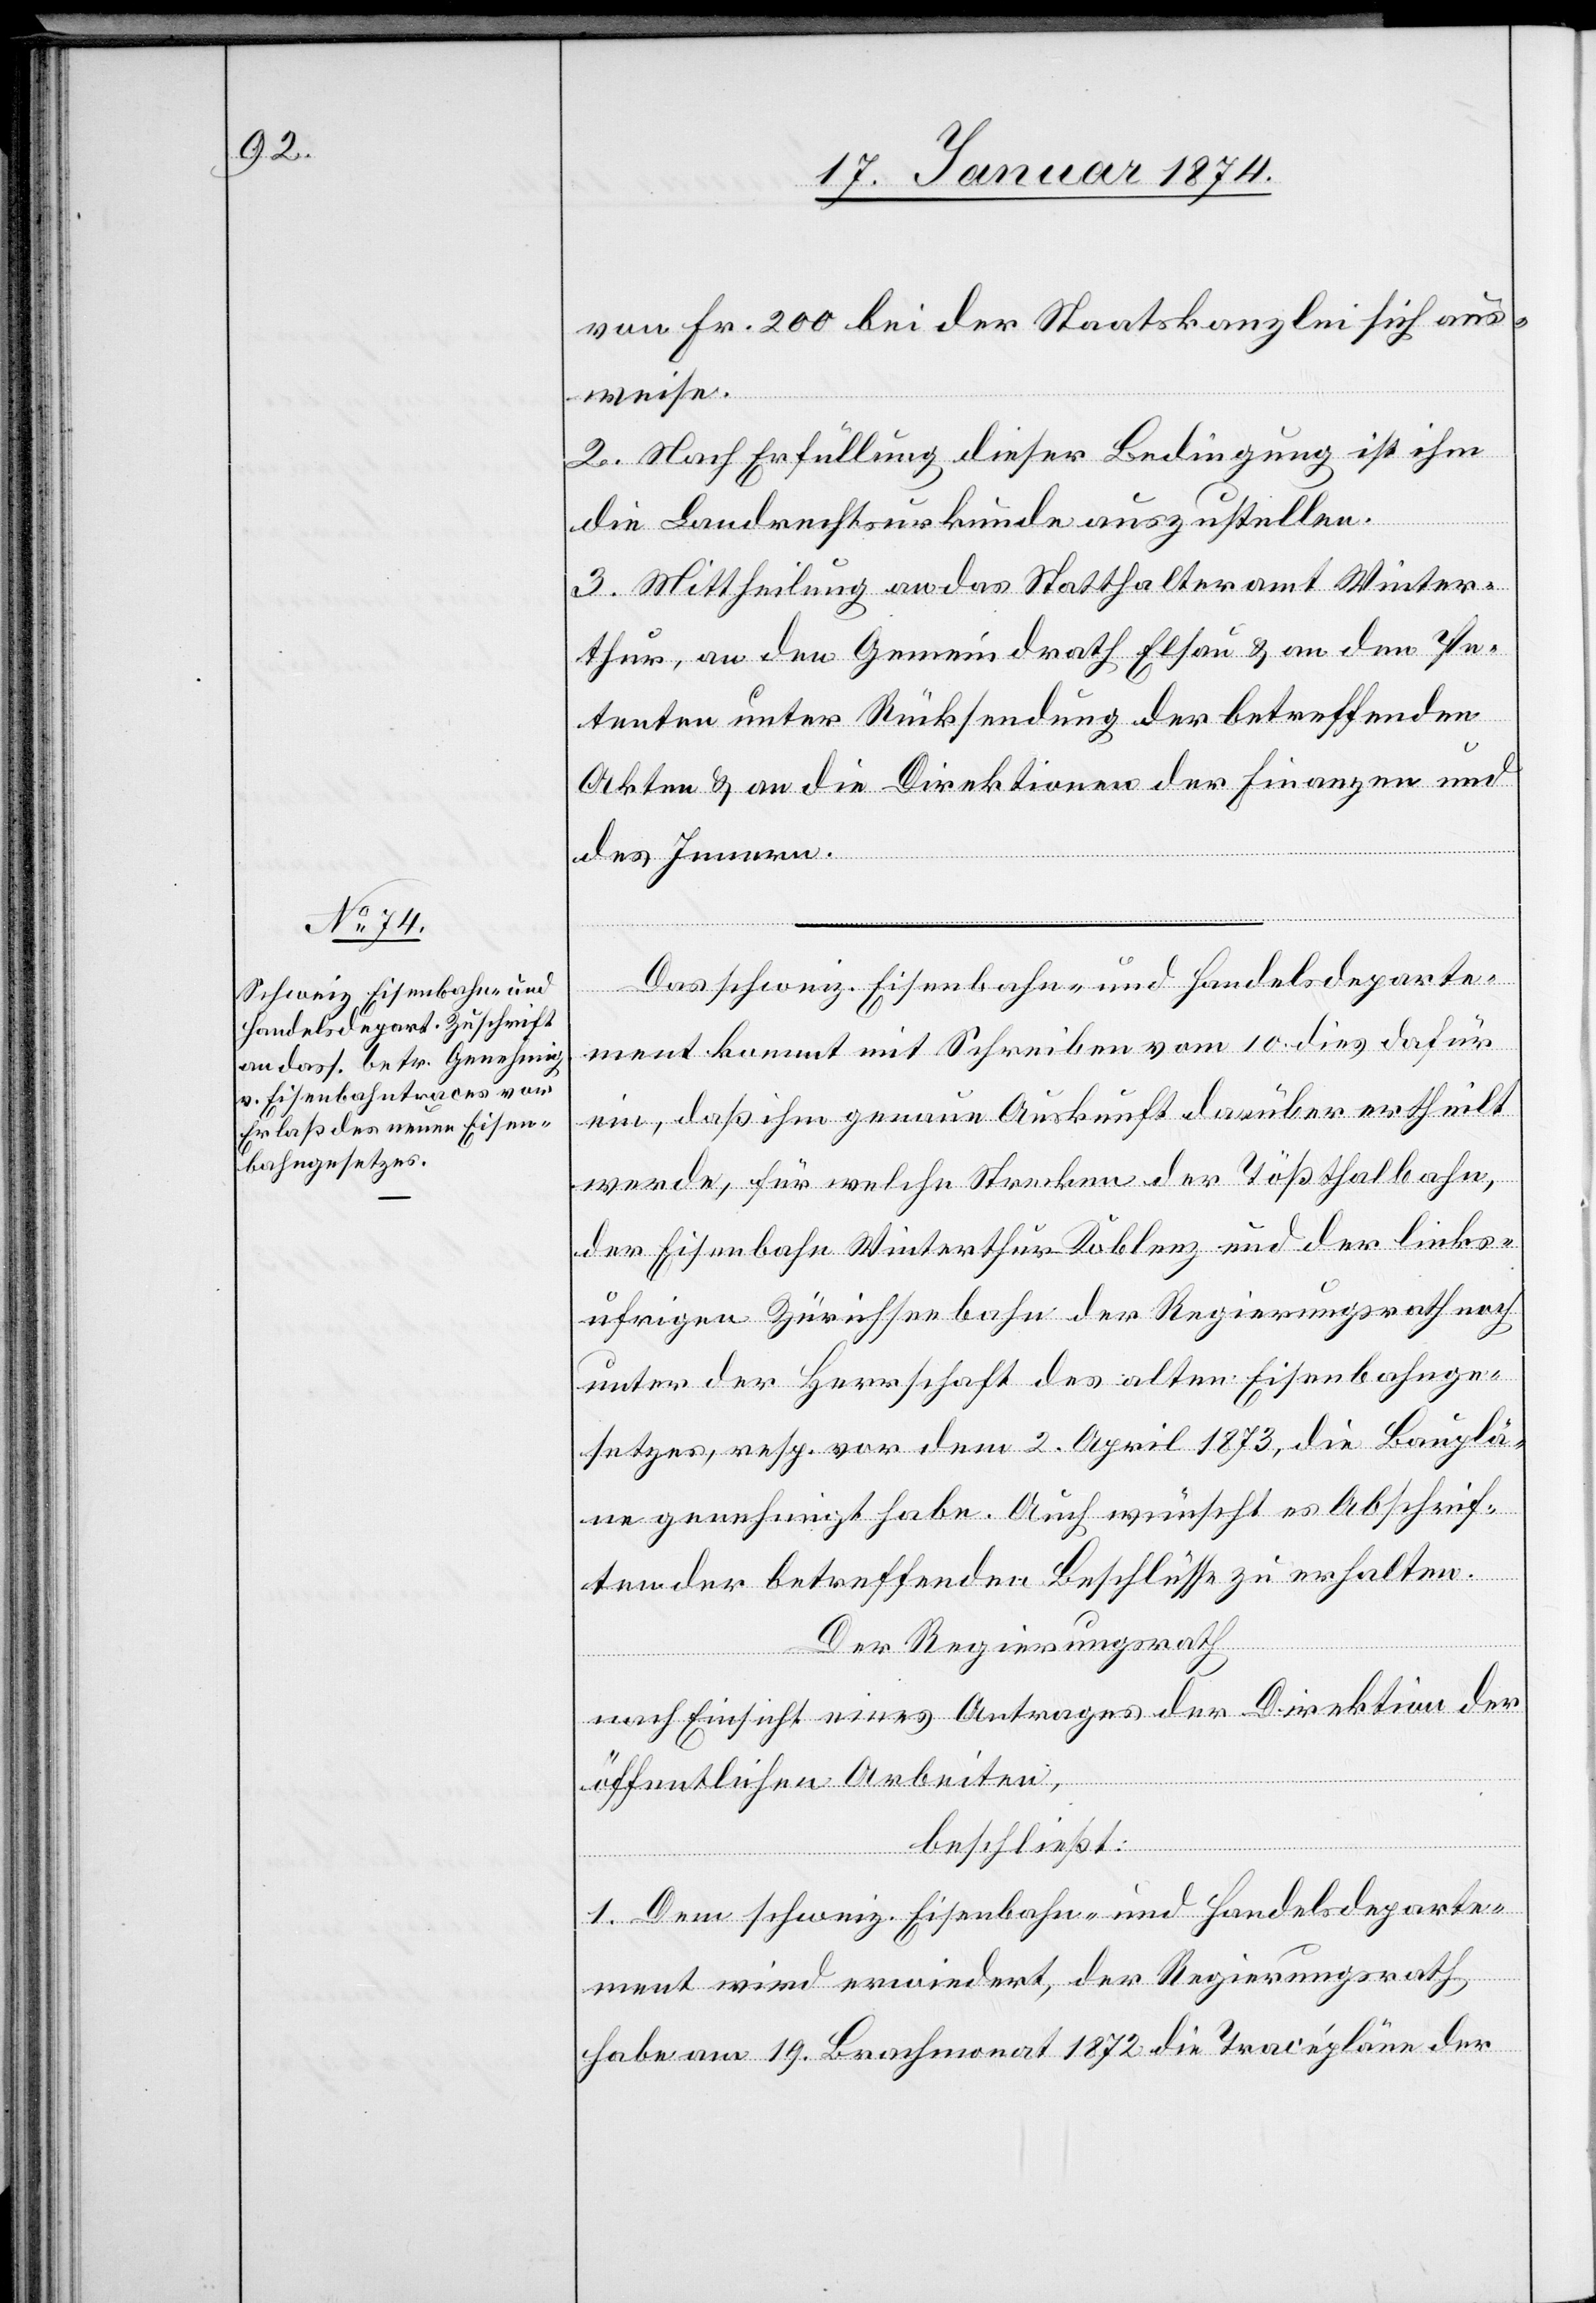
von Fr. 200 bei der Staatskanzlei sich aus¬
weise.
2. Nach Erfüllung dieser Bedingung ist ihm
die Landrechtsurkunde auszustellen.
3. Mittheilung an das Statthalteramt Winter¬
thur, an den Gemeindrath Elsau & an den Pe¬
tenten unter Rücksendung der betreffenden
Akten & an die Direktionen der Finanzen und
des Innern.
Das schweiz. Eisenbahn- und Handelsdeparte¬
ment kommt mit Schreiben vom 10. dies dafür
ein, daß ihm genaue Auskunft darüber ertheilt
werde, für welche Strecken der Tößthalbahn,
der Eisenbahn Winterthur-Koblenz und der links¬
ufrigen Zürichseebahn der Regierungsrath noch
unter der Herrschaft des alten Eisenbahnge¬
setzes, resp. vor dem 2. April 1873, die Bauplä¬
ne genehmigt habe. Auch wünscht es Abschrif¬
ten der betreffenden Beschlüsse zu erhalten.
Der Regierungsrath,
nach Einsicht eines Antrages der Direktion der
öffentlichen Arbeiten,
beschließt:
1. Dem schweiz. Eisenbahn- und Handelsdeparte¬
ment wird erwiedert, der Regierungsrath
habe am 19. Brachmonat 1872 die Tracépläne der